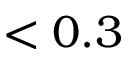
< 0 . 3